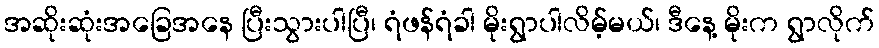
အဆိုးဆုံးအခြေအနေ ပြီးသွားပါပြီ၊ ရံဖန်ရံခါ မိုးရွာပါလိမ့်မယ်၊ ဒီနေ့ မိုးက ရွာလိုက်